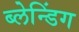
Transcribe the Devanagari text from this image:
ब्लेन्डिंग